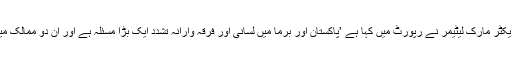
‘مائنورٹی رائٹس گروپ انٹرنیشنل کے ایگزیکٹو ڈایریکٹر مارک لیٹیمر نے رپورٹ میں کہا ہے ’پاکستان اور برما میں لسانی اور فرقہ وارانہ تشدد ایک بڑا مسئلہ ہے اور ان دو ممالک میں حکومتیں اقلیتوں کو تحفظ دینے میں ناکام رہی ہیں۔